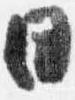
日